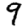
Digit: 9